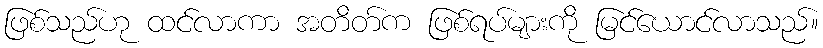
ဖြစ်သည်ဟု ထင်လာကာ အတိတ်က ဖြစ်ရပ်များကို မြင်ယောင်လာသည်။